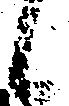
候